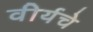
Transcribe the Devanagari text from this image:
वीर्यचे